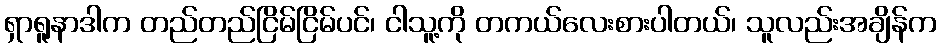
ရှာရူနာဒါက တည်တည်ငြိမ်ငြိမ်ပင်၊ ငါသူ့ကို တကယ်လေးစားပါတယ်၊ သူလည်းအချိန်က